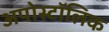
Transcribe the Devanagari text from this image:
अपोस्टॉलिक